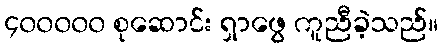
၄၀၀၀၀၀ စုဆောင်း ရှာဖွေ ကူညီခဲ့သည်။